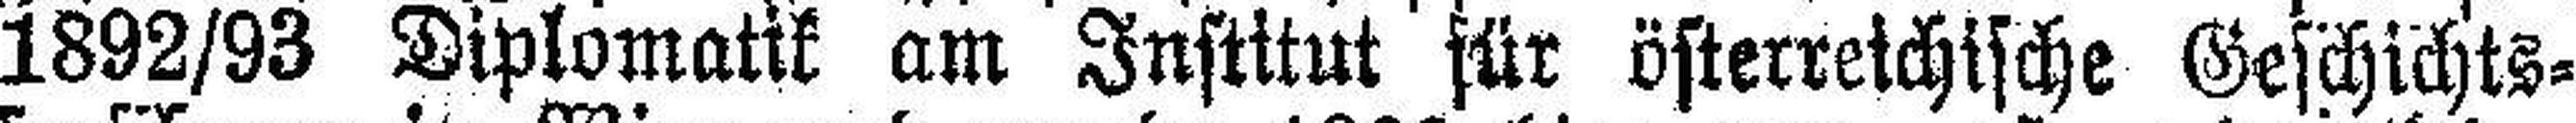
1892/93 Diplomatik am Institut für österreichische Geschichts¬